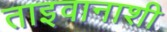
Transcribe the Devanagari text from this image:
ताइवानाशी